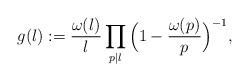
LaTeX: \begin{align*} g (l):=\frac{\omega(l)}{l}\prod_{p|l}\Big(1-\frac{\omega(p)}{p} \Big)^{-1}, \end{align*}